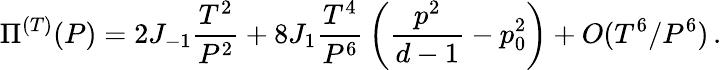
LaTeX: \Pi^{(T)}(P)=2J_{-1}{\frac{T^{2}}{P^{2}}}+8J_{1}{\frac{T^{4}}{P^{6}}}\left({\frac{p^{2}}{d-1}}-p_{0}^{2}\right)+O(T^{6}/P^{6})\, .